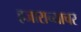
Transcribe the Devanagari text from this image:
हजाराच्याचर